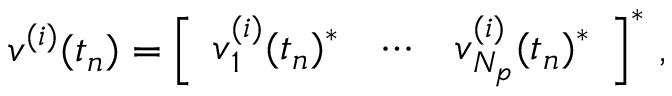
\begin{array} { r } { \boldsymbol { v } ^ { ( i ) } ( t _ { n } ) = \left[ \begin{array} { l l l } { \boldsymbol { v } _ { 1 } ^ { ( i ) } ( t _ { n } ) ^ { * } } & { \cdots } & { \boldsymbol { v } _ { N _ { p } } ^ { ( i ) } ( t _ { n } ) ^ { * } } \end{array} \right] ^ { * } \, , } \end{array}